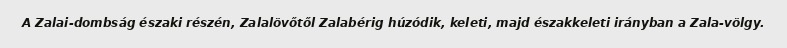
A Zalai-dombság északi részén, Zalalövőtől Zalabérig húzódik, keleti, majd északkeleti irányban a Zala-völgy.